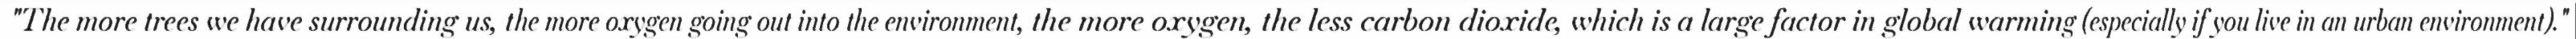
"The more trees we have surrounding us, the more oxygen going out into the environment, the more oxygen, the less carbon dioxide, which is a large factor in global warming (especially if you live in an urban environment)."